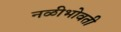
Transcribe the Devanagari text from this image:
नळीभोवती